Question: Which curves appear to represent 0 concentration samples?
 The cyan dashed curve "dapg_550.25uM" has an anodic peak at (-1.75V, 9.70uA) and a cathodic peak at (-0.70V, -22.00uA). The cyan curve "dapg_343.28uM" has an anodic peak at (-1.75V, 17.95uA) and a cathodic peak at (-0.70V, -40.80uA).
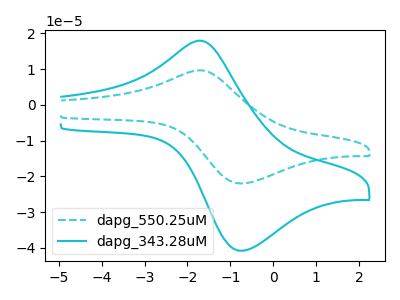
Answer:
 <answer>There are not any CV's on this graph that are likely to be blanks.</answer>
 <eval>none</eval>